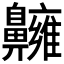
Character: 𪖿